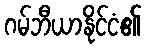
ဂမ်ဘီယာနိုင်ငံ၏